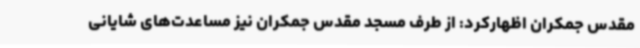
مقدس جمکران اظهارکرد: از طرف مسجد مقدس جمکران نیز مساعدت‌های شایانی